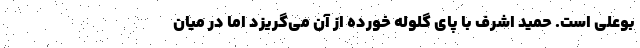
بوعلی است. حمید اشرف با پای گلوله خورده از آن می‌گریزد اما در میان